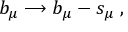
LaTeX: b _ { \mu } \longrightarrow b _ { \mu } - s _ { \mu } \; ,